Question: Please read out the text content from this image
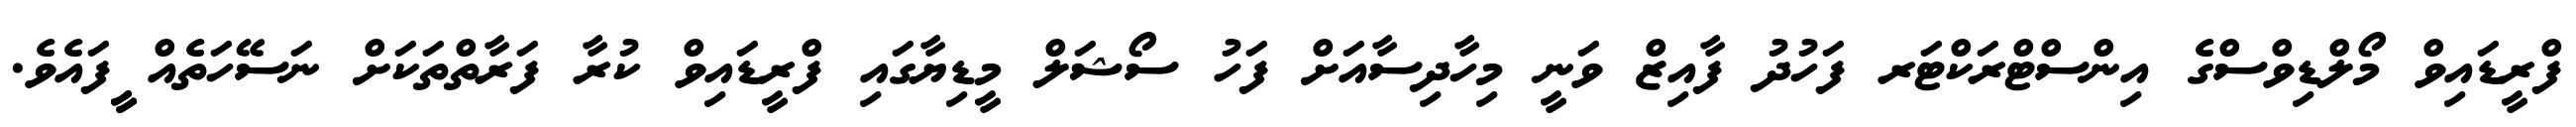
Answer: ފްރީޑައިވް މޯލްޑިވްސްގެ އިންސްޓްރަކްޓަރ ފަހުދު ފާއިޒް ވަނީ މިހާދިސާއަށް ފަހު ސޯޝަލް މީޑިޔާގައި ފްރީޑައިވް ކުރާ ފަރާތްތަކަށް ނަސޭހަތެއް ީީފައެވެ.